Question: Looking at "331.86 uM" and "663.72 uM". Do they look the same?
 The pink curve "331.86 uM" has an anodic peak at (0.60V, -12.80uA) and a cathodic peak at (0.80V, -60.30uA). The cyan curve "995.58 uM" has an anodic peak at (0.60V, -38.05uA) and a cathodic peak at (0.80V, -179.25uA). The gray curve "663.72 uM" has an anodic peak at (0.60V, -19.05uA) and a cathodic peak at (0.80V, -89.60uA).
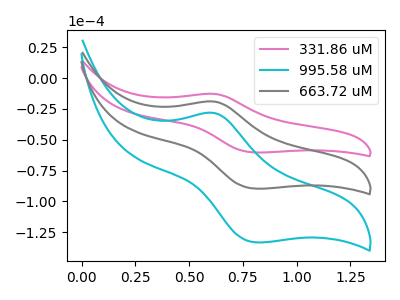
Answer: <think>All the peaks in "331.86 uM" have a peak in "663.72 uM" at the same potential.
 </think>
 <answer>"331.86 uM" and "663.72 uM" are similar in shape.</answer>
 <eval>same_shape</eval>